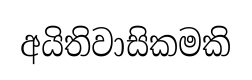
අයිතිවාසිකමකි